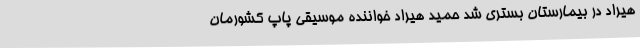
هیراد در بیمارستان بستری شد حمید هیراد خواننده موسیقی پاپ کشورمان